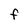
Character: f